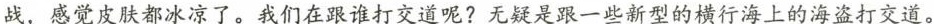
战，感觉皮肤都冰凉了。我们在跟谁打交道呢?无疑是跟一些新型的横行海上的海盗打交道。